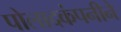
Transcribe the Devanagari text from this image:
पोलादकंपनीने